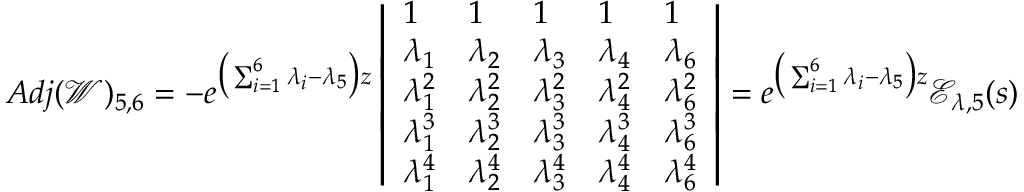
A d j ( \mathscr { W } ) _ { 5 , 6 } = - e ^ { \big ( \sum _ { i = 1 } ^ { 6 } \lambda _ { i } - \lambda _ { 5 } \big ) z } \left| \begin{array} { l l l l l } { 1 } & { 1 } & { 1 } & { 1 } & { 1 } \\ { \lambda _ { 1 } } & { \lambda _ { 2 } } & { \lambda _ { 3 } } & { \lambda _ { 4 } } & { \lambda _ { 6 } } \\ { \lambda _ { 1 } ^ { 2 } } & { \lambda _ { 2 } ^ { 2 } } & { \lambda _ { 3 } ^ { 2 } } & { \lambda _ { 4 } ^ { 2 } } & { \lambda _ { 6 } ^ { 2 } } \\ { \lambda _ { 1 } ^ { 3 } } & { \lambda _ { 2 } ^ { 3 } } & { \lambda _ { 3 } ^ { 3 } } & { \lambda _ { 4 } ^ { 3 } } & { \lambda _ { 6 } ^ { 3 } } \\ { \lambda _ { 1 } ^ { 4 } } & { \lambda _ { 2 } ^ { 4 } } & { \lambda _ { 3 } ^ { 4 } } & { \lambda _ { 4 } ^ { 4 } } & { \lambda _ { 6 } ^ { 4 } } \end{array} \right| = e ^ { \big ( \sum _ { i = 1 } ^ { 6 } \lambda _ { i } - \lambda _ { 5 } \big ) z } \mathscr { E } _ { \lambda , 5 } ( s )